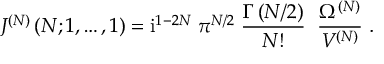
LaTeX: J ^ { ( N ) } \left( N ; 1 , \ldots , 1 \right) = \mathrm { i } ^ { 1 - 2 N } \; \pi ^ { N / 2 } \; \frac { \Gamma \left( N / 2 \right) } { N ! } \; \; \frac { \Omega ^ { ( N ) } } { V ^ { ( N ) } } \; .